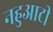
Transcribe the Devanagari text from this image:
नहुआटी